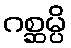
ဂစ္ဆမ္ပိ